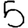
Digit: 5